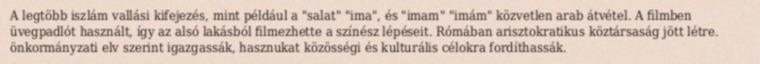
A legtöbb iszlám vallási kifejezés, mint például a "salat" "ima", és "imam" "imám" közvetlen arab átvétel. A filmben üvegpadlót használt, így az alsó lakásból filmezhette a színész lépéseit. Rómában arisztokratikus köztársaság jött létre. önkormányzati elv szerint igazgassák, hasznukat közösségi és kulturális célokra fordíthassák.